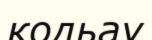
кодьау